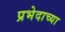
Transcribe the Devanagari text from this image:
प्रभेदाच्या